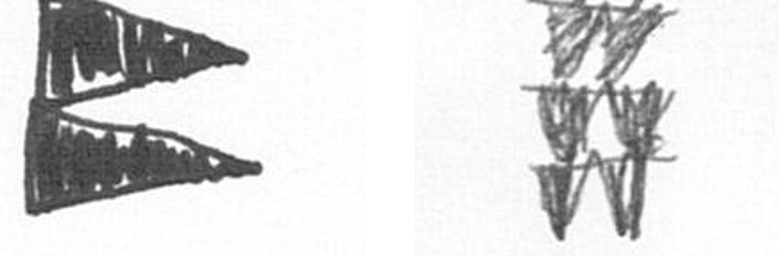
P Y